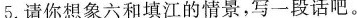
5.请你想象六和填江的情景，写一段话吧。